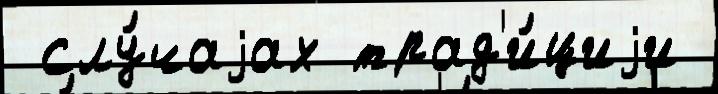
 слу́чаjах трад'и́циjи